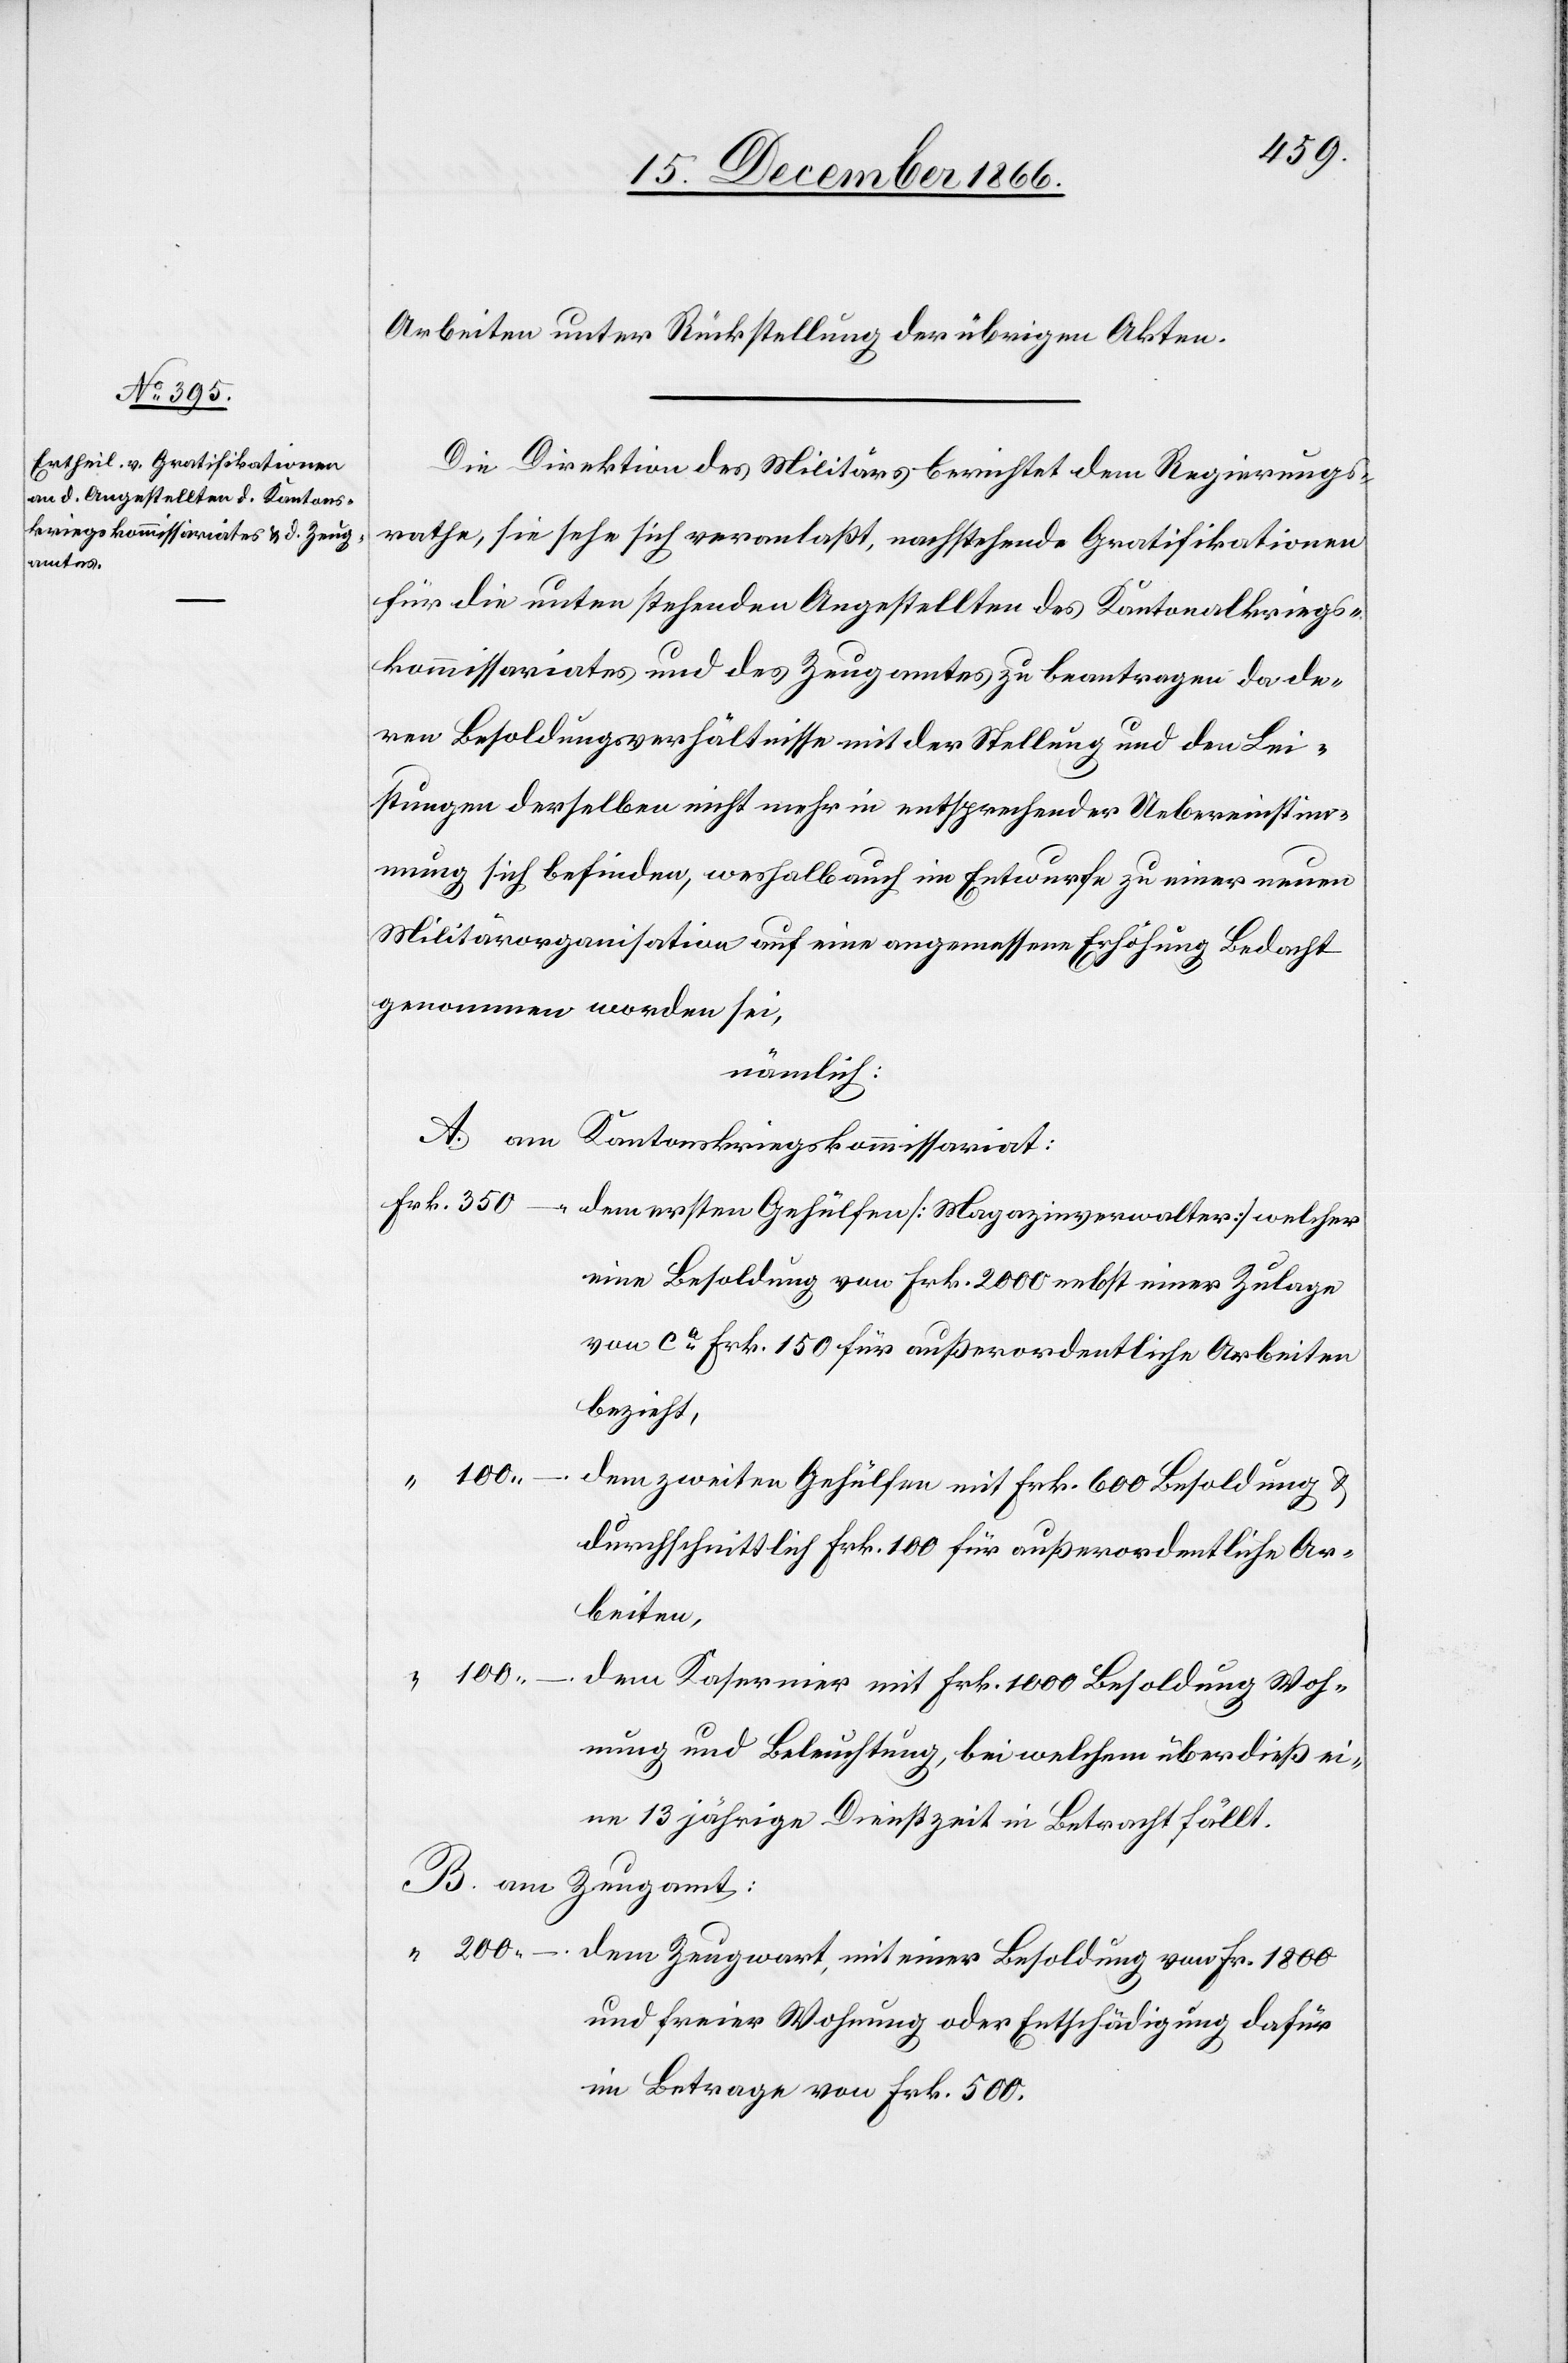
Arbeiten unter Rückstellung der übrigen Akten.
Die Direktion des Militärs berichtet dem Regierungs¬
rathe, sie sehe sich veranlaßt, nachstehende Gratifikationen
für die unten stehenden Angestellten des Kantonalkriegs¬
kommissariates und des Zeugamtes zu beantragen da de¬
ren Besoldungsverhältnisse mit der Stellung und den Lei¬
stungen derselben nicht mehr in entsprechender Uebereinstim¬
mung sich befinden, weshalb auch im Entwurfe zu einer neuen
Militärorganisation auf eine angemessene Erhöhung Bedacht
genommen worden sei,
nämlich:
A. am Kantonskriegskommissariat:
Frk. 200.–
dem ersten Gehülfen [Magazinverwalter] welcher
eine Besoldung von Frk. 2000 nebst einer Zulage
von ca. Frk. 150 für außerordentliche Arbeiten
bezieht,
“ 100.–
dem zweiten Gehülfen mit Frk. 600 Besoldung &
durchschnittlich Frk. 100 für außerordentliche Ar¬
beiten,
“ 100.–
dem Kasernier mit Frk. 1000 Besoldung[,] Woh¬
nung und Beleuchtung, bei welchem überdieß ei¬
ne 13 jährige Dienstzeit in Betracht fällt.
B. am
Zeugamt:
dem Zeugwart, mit einer Besoldung von Fr. 1800
und freier Wohnung oder Entschädigung dafür
im Betrage von Frk. 500.